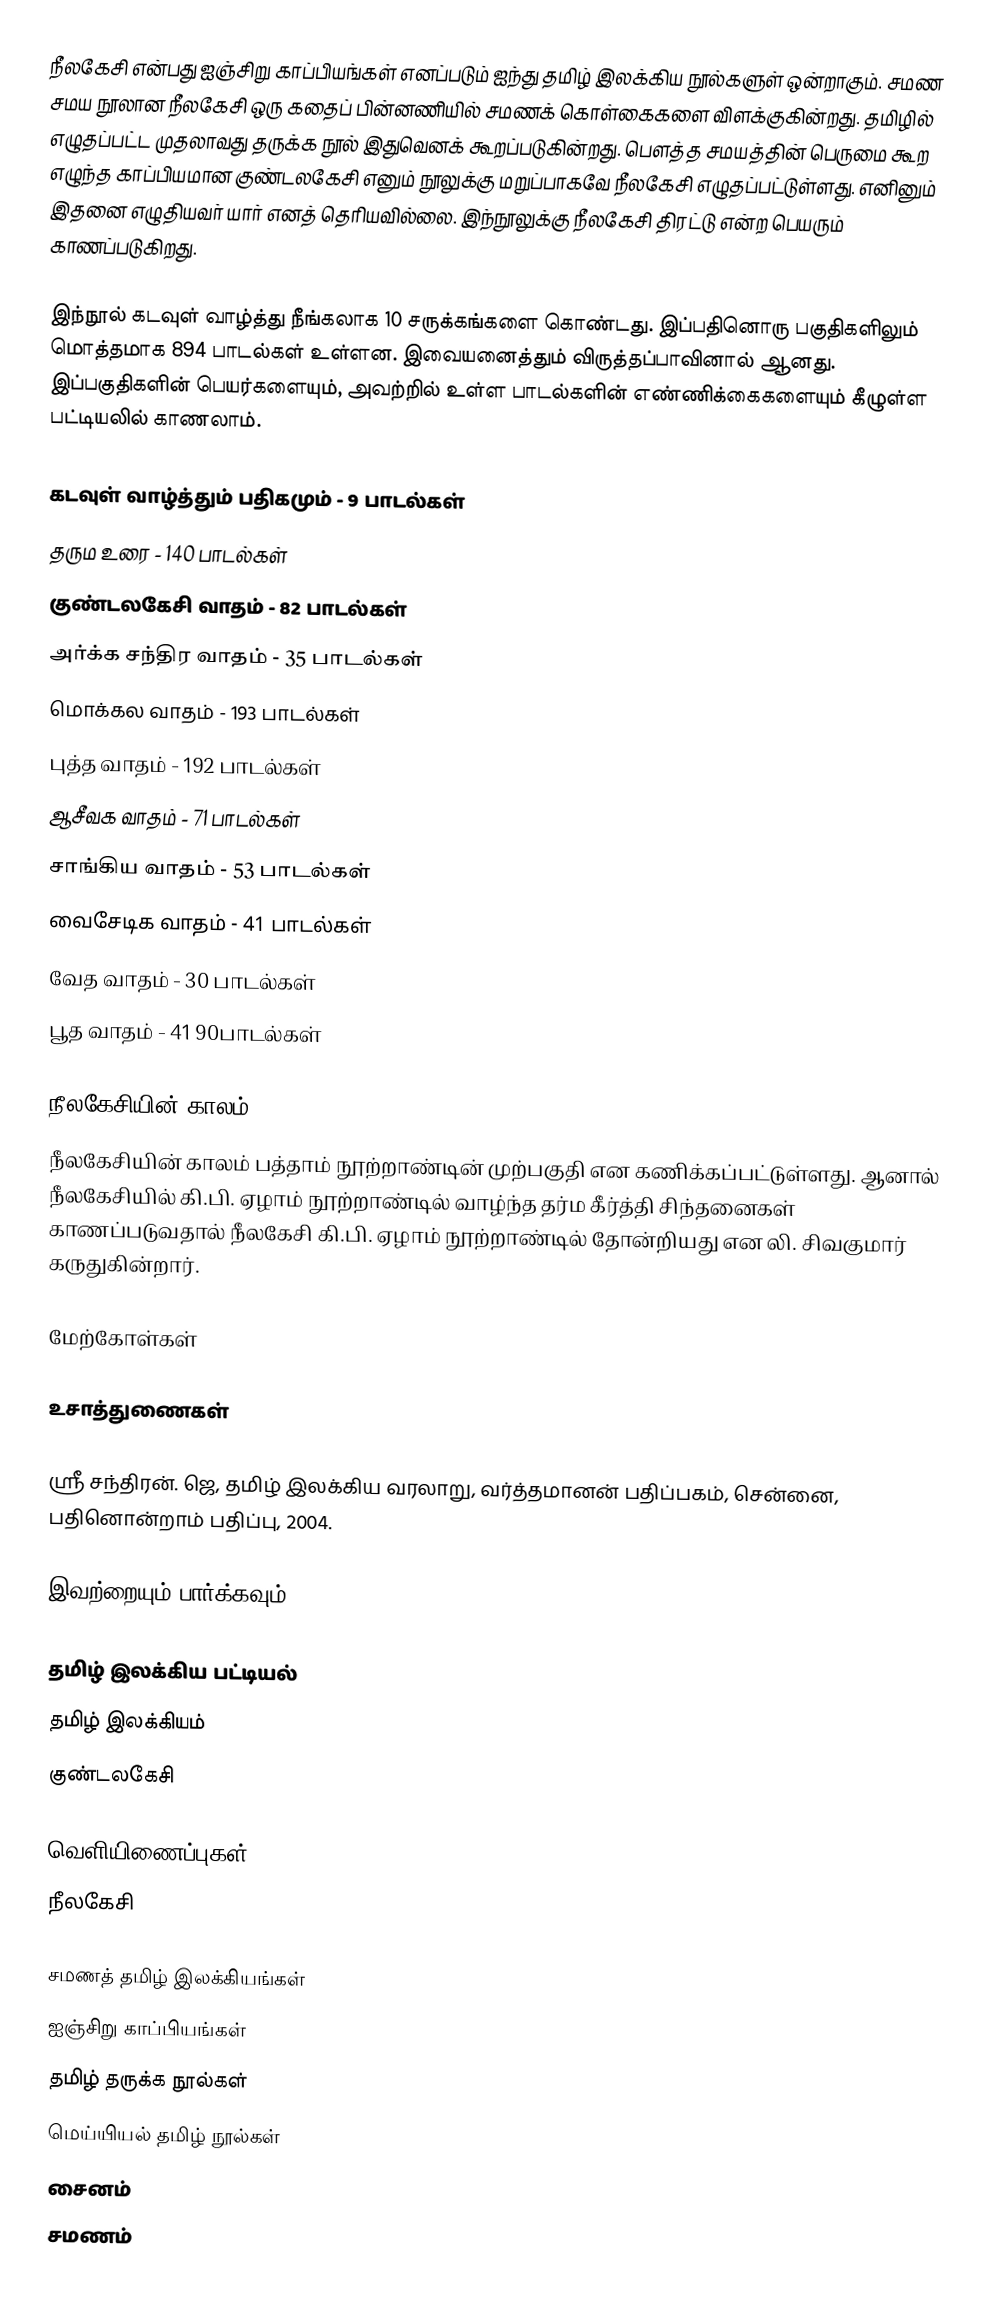
நீலகேசி என்பது ஐஞ்சிறு காப்பியங்கள் எனப்படும் ஐந்து தமிழ் இலக்கிய நூல்களுள் ஒன்றாகும். சமண சமய நூலான நீலகேசி ஒரு கதைப் பின்னணியில் சமணக் கொள்கைகளை விளக்குகின்றது. தமிழில் எழுதப்பட்ட முதலாவது தருக்க நூல் இதுவெனக் கூறப்படுகின்றது. பௌத்த சமயத்தின் பெருமை கூற எழுந்த காப்பியமான குண்டலகேசி எனும் நூலுக்கு மறுப்பாகவே நீலகேசி எழுதப்பட்டுள்ளது. எனினும் இதனை எழுதியவர் யார் எனத் தெரியவில்லை.  இந்நூலுக்கு நீலகேசி திரட்டு என்ற பெயரும் காணப்படுகிறது.

இந்நூல் கடவுள் வாழ்த்து நீங்கலாக 10 சருக்கங்களை கொண்டது. இப்பதினொரு பகுதிகளிலும் மொத்தமாக 894 பாடல்கள் உள்ளன. இவையனைத்தும் விருத்தப்பாவினால் ஆனது. இப்பகுதிகளின் பெயர்களையும், அவற்றில் உள்ள பாடல்களின் எண்ணிக்கைகளையும் கீழுள்ள பட்டியலில் காணலாம்.

 கடவுள் வாழ்த்தும் பதிகமும் - 9 பாடல்கள்
 தரும உரை - 140 பாடல்கள்
 குண்டலகேசி வாதம் - 82 பாடல்கள்
 அர்க்க சந்திர வாதம் - 35 பாடல்கள்
 மொக்கல வாதம் - 193 பாடல்கள்
 புத்த வாதம் - 192 பாடல்கள்
 ஆசீவக வாதம் - 71 பாடல்கள்
 சாங்கிய வாதம் - 53 பாடல்கள்
 வைசேடிக வாதம் - 41 பாடல்கள்
 வேத வாதம் - 30 பாடல்கள்
 பூத வாதம் - 41 90பாடல்கள்

நீலகேசியின் காலம்
நீலகேசியின் காலம் பத்தாம் நூற்றாண்டின் முற்பகுதி என கணிக்கப்பட்டுள்ளது. ஆனால் நீலகேசியில் கி.பி. ஏழாம் நூற்றாண்டில் வாழ்ந்த தர்ம கீர்த்தி சிந்தனைகள் காணப்படுவதால் நீலகேசி கி.பி. ஏழாம் நூற்றாண்டில் தோன்றியது என லி. சிவகுமார் கருதுகின்றார்.

மேற்கோள்கள்

உசாத்துணைகள்

 ஸ்ரீ சந்திரன். ஜெ, தமிழ் இலக்கிய வரலாறு, வர்த்தமானன் பதிப்பகம், சென்னை, பதினொன்றாம் பதிப்பு, 2004.

இவற்றையும் பார்க்கவும்

 தமிழ் இலக்கிய பட்டியல்
 தமிழ் இலக்கியம்
 குண்டலகேசி

வெளியிணைப்புகள்
 நீலகேசி

சமணத் தமிழ் இலக்கியங்கள்
ஐஞ்சிறு காப்பியங்கள்
தமிழ் தருக்க நூல்கள்
மெய்யியல் தமிழ் நூல்கள்
சைனம்
சமணம்